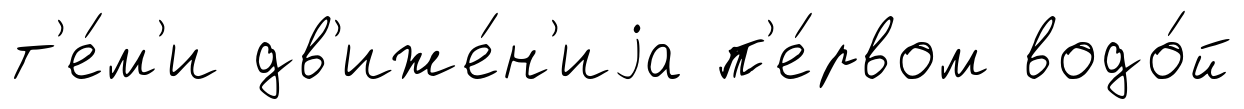
т'е́м'и дв'иже́н'иjа п'е́рвом водо́й